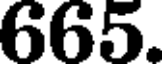
665.